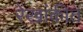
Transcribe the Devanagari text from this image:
रेखांकीत